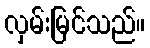
လှမ်းမြင်သည်။